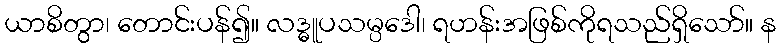
ယာစိတွာ၊ တောင်းပန်၍။ လဒ္ဓူပသမ္ပဒေါ၊ ရဟန်းအဖြစ်ကိုရသည်ရှိသော်။ န